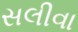
સલીવા